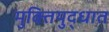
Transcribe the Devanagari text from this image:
मुक्तियुद्धात